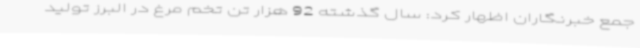
جمع خبرنگاران اظهار کرد: سال گذشته 92 هزار تن تخم مرغ در البرز تولید